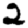
Digit: 2